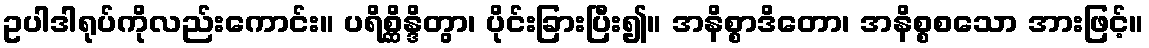
ဥပါဒါရုပ်ကိုလည်းကောင်း။ ပရိစ္ဆိန္ဒိတွာ၊ ပိုင်းခြားပြီး၍။ အနိစ္စာဒိတော၊ အနိစ္စစသော အားဖြင့်။